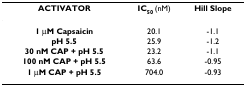
<table><thead><tr><td><b>ACTIVATOR</b></td><td><b>IC<sub>50 </sub>(nM)</b></td><td><b>Hill Slope</b></td></tr></thead><tbody><tr><td><b>1 μM Capsaicin</b></td><td>20.1</td><td>-1.1</td></tr><tr><td><b>pH 5.5</b></td><td>25.9</td><td>-1.2</td></tr><tr><td><b>30 nM CAP + pH 5.5</b></td><td>23.2</td><td>-1.1</td></tr><tr><td><b>100 nM CAP + pH 5.5</b></td><td>63.6</td><td>-0.95</td></tr><tr><td><b>1 μM CAP + pH 5.5</b></td><td>704.0</td><td>-0.93</td></tr></tbody></table>